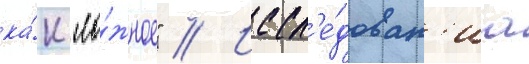
ка́к "ло́жное" // Иссл'е́дован'иа